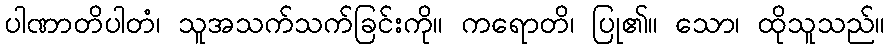
ပါဏာတိပါတံ၊ သူအသက်သက်ခြင်းကို။ ကရောတိ၊ ပြု၏။ သော၊ ထိုသူသည်။